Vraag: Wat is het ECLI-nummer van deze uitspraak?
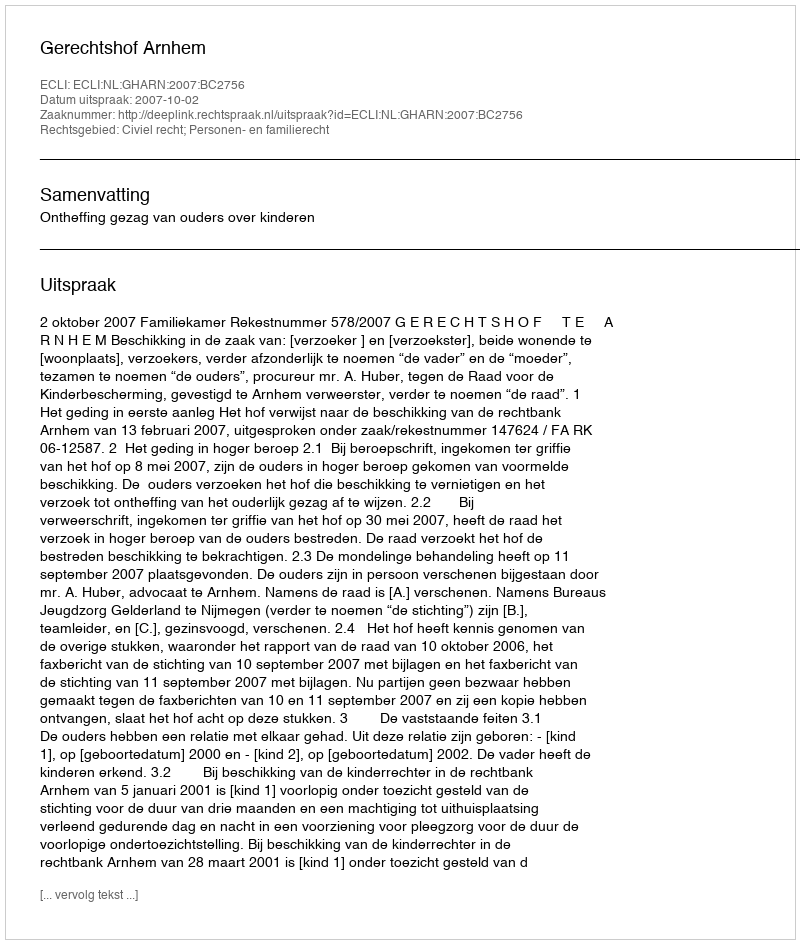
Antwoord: ECLI:NL:GHARN:2007:BC2756